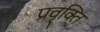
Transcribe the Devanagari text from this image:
प्रवृक्ति